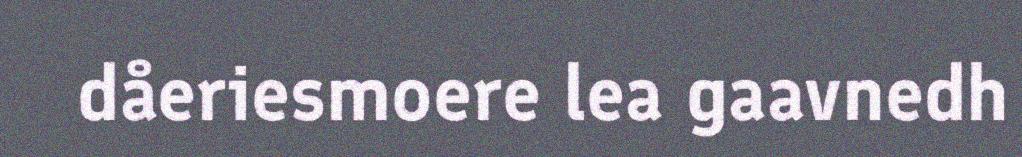
dåeriesmoere lea gaavnedh